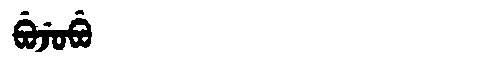
Manchu: ᠪᡠᠵᡠᠪᡠ
Romanization: BUJUBU